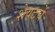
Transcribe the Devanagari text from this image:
शेवटचें